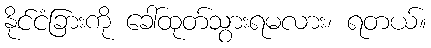
နိုင်ငံခြားကို ခေါ်ထုတ်သွားရမလား၊ ရတယ်။